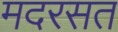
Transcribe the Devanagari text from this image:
मदरसत